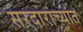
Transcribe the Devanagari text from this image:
सरदारांच्यात